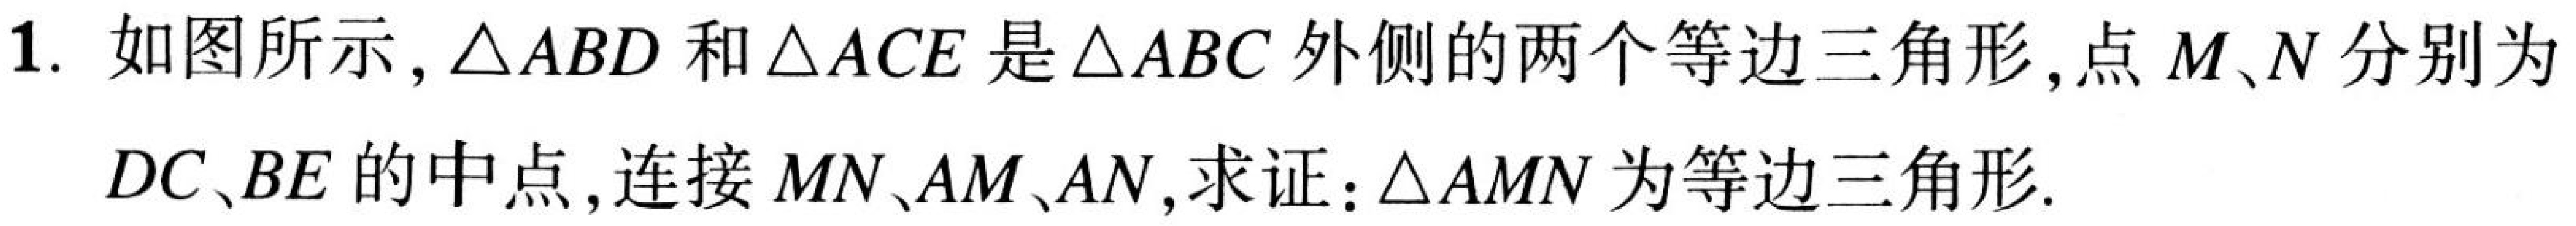
1. 如图所示，\(\triangle ABD\)和\(\triangle ACE\)是\(\triangle ABC\)外侧的两个等边三角形，点\(M、N\)分别为\(DC、BE\)的中点，连接\(MN、AM、AN\)，求证：\(\triangle AMN\)为等边三角形.